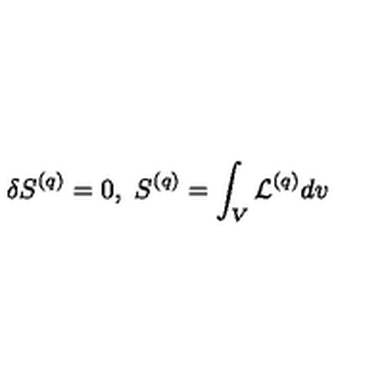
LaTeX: \delta S ^ { ( q ) } = 0 , \ S ^ { ( q ) } = \int _ { V } { \cal L } ^ { ( q ) } d v